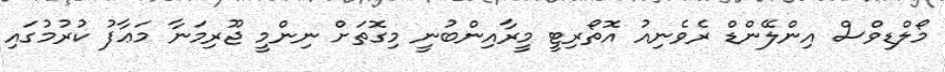
މޯލްޑިވްސް އިންލޭންޑް ރެވެނިއު އޮތޯރިޓީ މީރާއިންބުނީ މިގޮތަށް ނިންމީ ޖޫރިމަނާ މަޢާފު ކުރުމުގައި